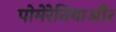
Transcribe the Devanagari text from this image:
पोमेरेनियाऔर